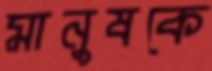
মানুষকে